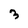
Character: 3